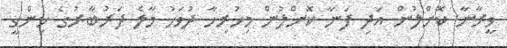
ވީރާނާ ކޮށްލުން އަދި ފަނާ ކޮށްލުން މިހުރިހާ ދުވަހު މާލެ ދަރުބާރުގެ ހިންގީ